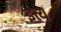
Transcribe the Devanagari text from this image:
इत्य